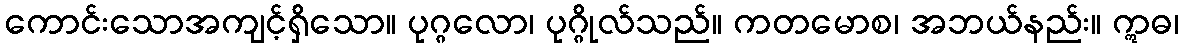
ကောင်းသောအကျင့်ရှိသော။ ပုဂ္ဂလော၊ ပုဂ္ဂိုလ်သည်။ ကတမောစ၊ အဘယ်နည်း။ ဣဓ၊